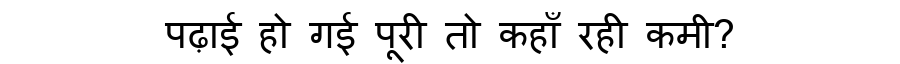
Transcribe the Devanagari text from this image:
पढ़ाई हो गई पूरी तो कहाँ रही कमी?